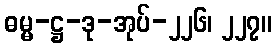
ဓမ္မ-ဋ္ဌ-ဒု-အုပ်-၂၂၆၊ ၂၂၇။